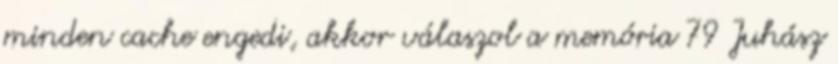
minden cache engedi, akkor válaszol a memória 79 Juhász